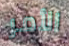
الأمر